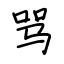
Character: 骂